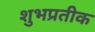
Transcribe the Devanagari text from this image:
शुभप्रतीक